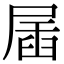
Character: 㞚